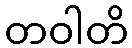
တဝါတိ